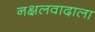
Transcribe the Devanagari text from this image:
नक्षलवादाला